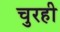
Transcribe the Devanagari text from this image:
चुरही